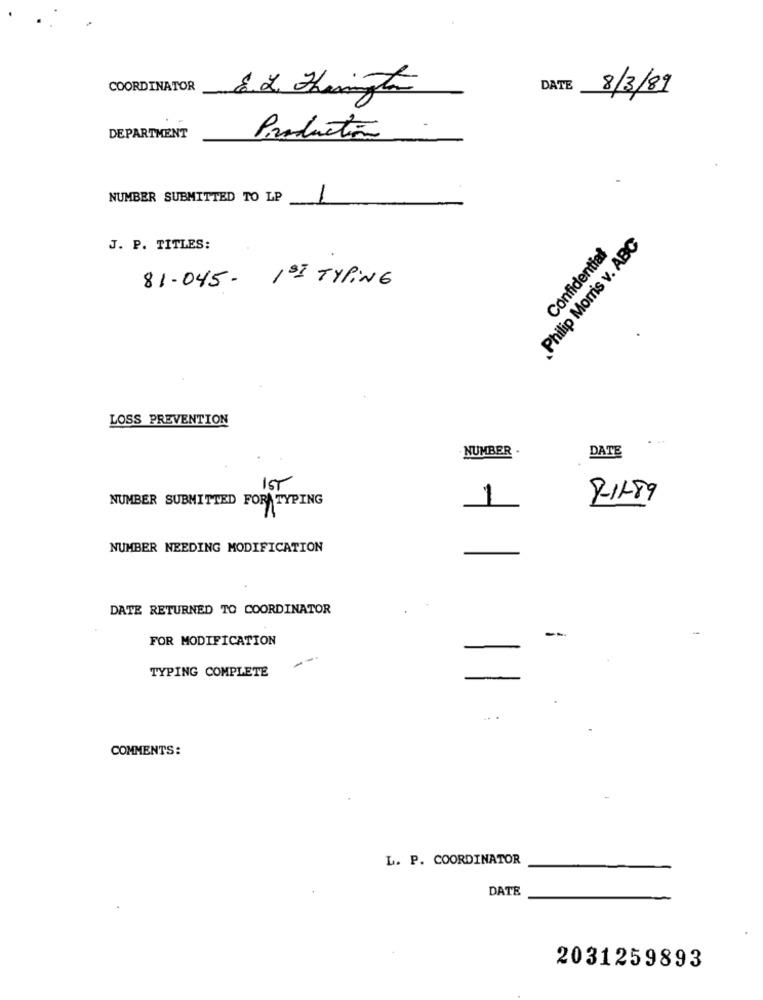
COORDINATOR
DATE
8/3/89
DEPARTMENT
Production
NUMBER SUBMITTED TO LP
-
Philip Morris v. ABC
J. P. TITLES:
Confidential
81.045- 1st TYPING
LOSS PREVENTION
. ..
NUMBER .
DATE
IST
NUMBER SUBMITTED FOR TYPING
R-IL89
1
NUMBER NEEDING MODIFICATION
DATE RETURNED TO COORDINATOR
FOR MODIFICATION
TYPING COMPLETE
COMMENTS:
L. P. COORDINATOR
DATE
2031259893